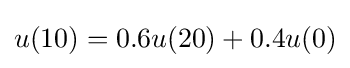
u(10)=0.6u(20)+0.4u(0)